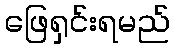
ဖြေရှင်းရမည်